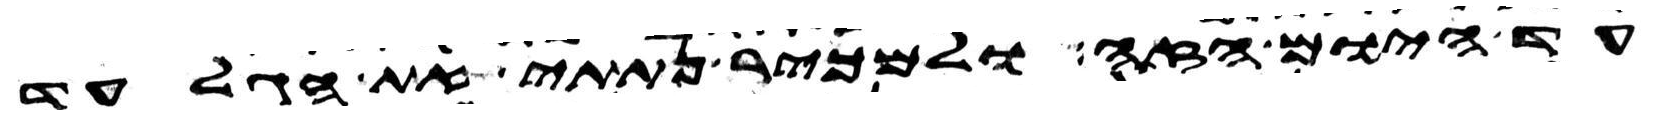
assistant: עד היום הזה ולמכיר נתתי את הגלעד